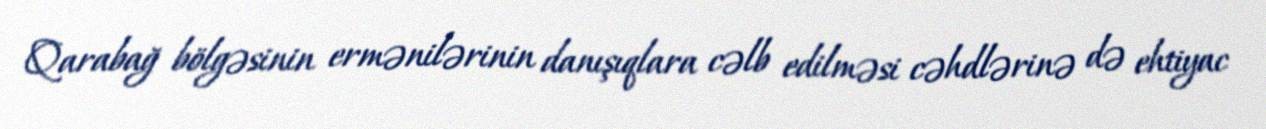
Qarabağ bölgəsinin ermənilərinin danışıqlara cəlb edilməsi cəhdlərinə də ehtiyac